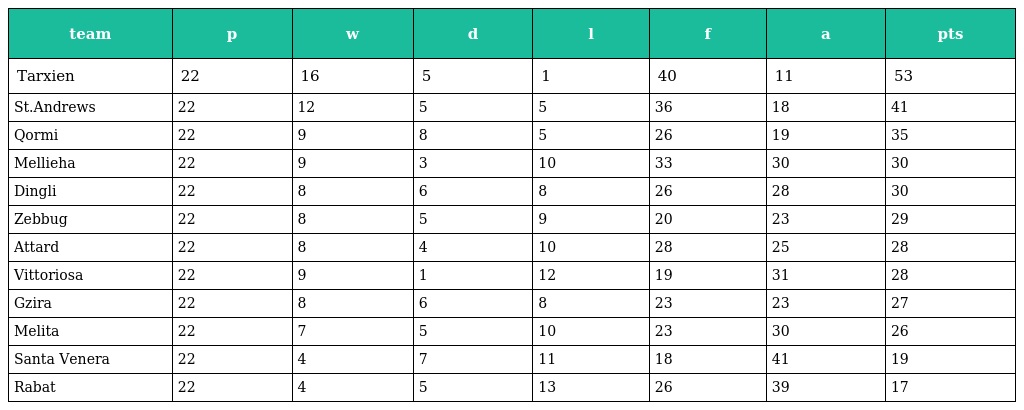
| team | p | w | d | l | f | a | pts |
 | --- | --- | --- | --- | --- | --- | --- | --- |
 | Tarxien | 22 | 16 | 5 | 1 | 40 | 11 | 53 |
 | St.Andrews | 22 | 12 | 5 | 5 | 36 | 18 | 41 |
 | Qormi | 22 | 9 | 8 | 5 | 26 | 19 | 35 |
 | Mellieha | 22 | 9 | 3 | 10 | 33 | 30 | 30 |
 | Dingli | 22 | 8 | 6 | 8 | 26 | 28 | 30 |
 | Zebbug | 22 | 8 | 5 | 9 | 20 | 23 | 29 |
 | Attard | 22 | 8 | 4 | 10 | 28 | 25 | 28 |
 | Vittoriosa | 22 | 9 | 1 | 12 | 19 | 31 | 28 |
 | Gzira | 22 | 8 | 6 | 8 | 23 | 23 | 27 |
 | Melita | 22 | 7 | 5 | 10 | 23 | 30 | 26 |
 | Santa Venera | 22 | 4 | 7 | 11 | 18 | 41 | 19 |
 | Rabat | 22 | 4 | 5 | 13 | 26 | 39 | 17 |